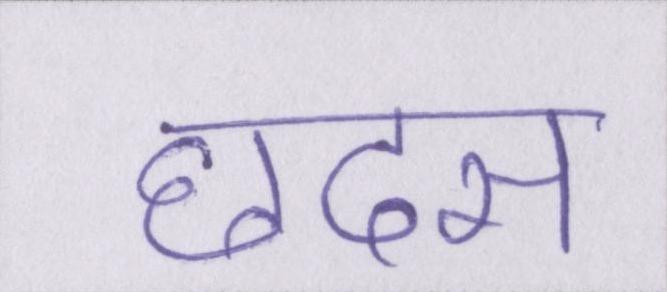
छदम